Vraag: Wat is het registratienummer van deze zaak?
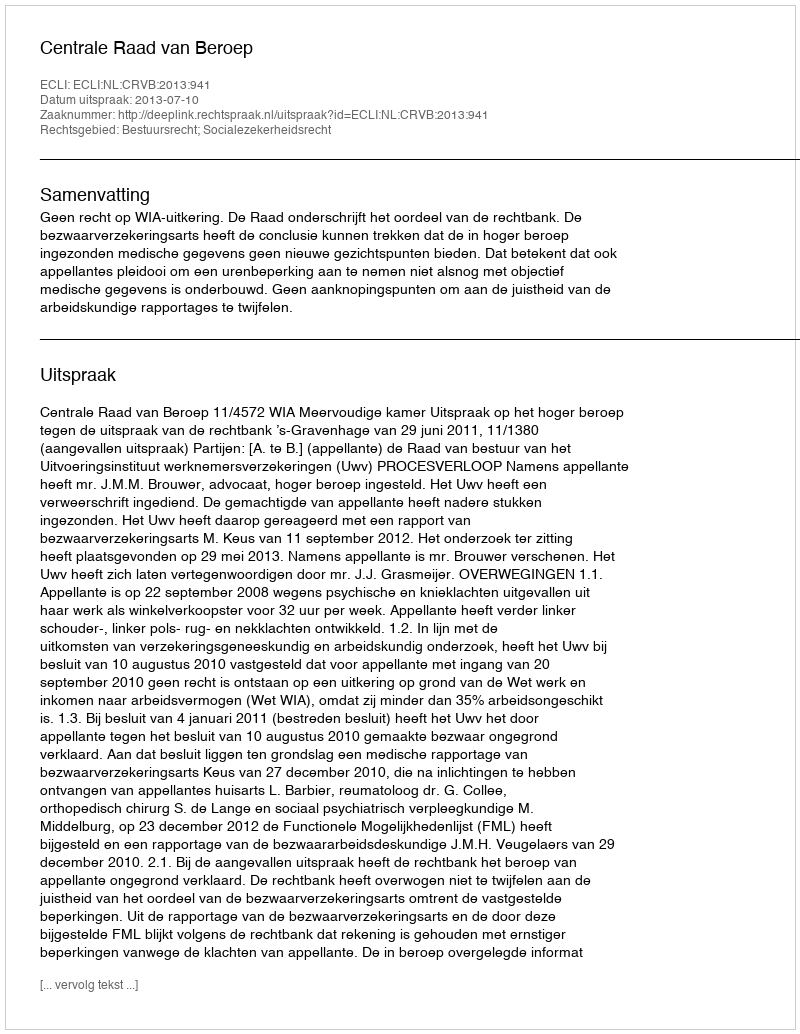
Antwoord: http://deeplink.rechtspraak.nl/uitspraak?id=ECLI:NL:CRVB:2013:941